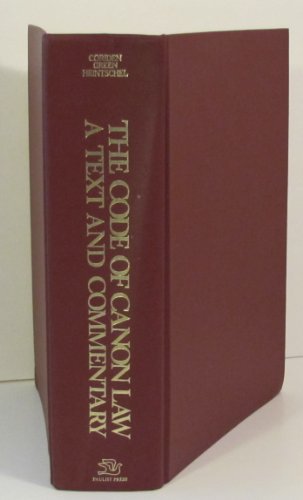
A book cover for Code of Canon Law: A Text and Commentary; Christian Books & Bibles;